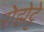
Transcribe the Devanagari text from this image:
रोझेट्टे